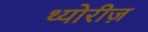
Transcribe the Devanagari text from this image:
थ्योरीज़